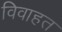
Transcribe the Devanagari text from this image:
विवाहत